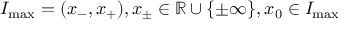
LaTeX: I _ { \operatorname* { m a x } } = ( x _ { - } , x _ { + } ) , x _ { \pm } \in \mathbb { R } \cup \{ \pm \infty \} , x _ { 0 } \in I _ { \operatorname* { m a x } }